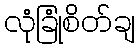
လုံခြုံစိတ်ချ